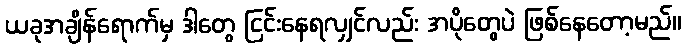
ယခုအချိန်ရောက်မှ ဒါတွေ ငြင်းနေရလျှင်လည်း အပိုတွေပဲ ဖြစ်နေတော့မည်။